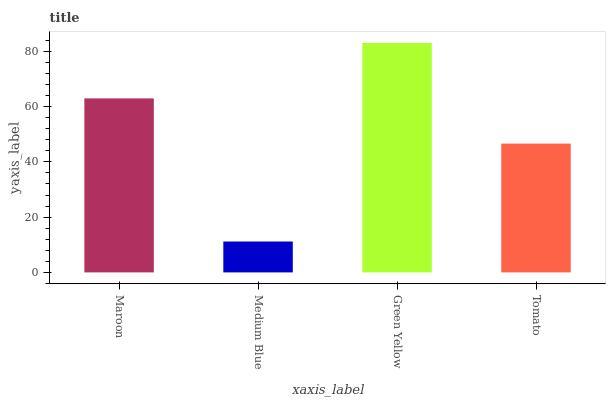
| xaxis_label | bars |
 | --- | --- |
 | Maroon | 63 |
 | Medium Blue | 11.2 |
 | Green Yellow | 83 |
 | Tomato | 46.6 |